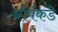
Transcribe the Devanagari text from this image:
थॉर्पकडे